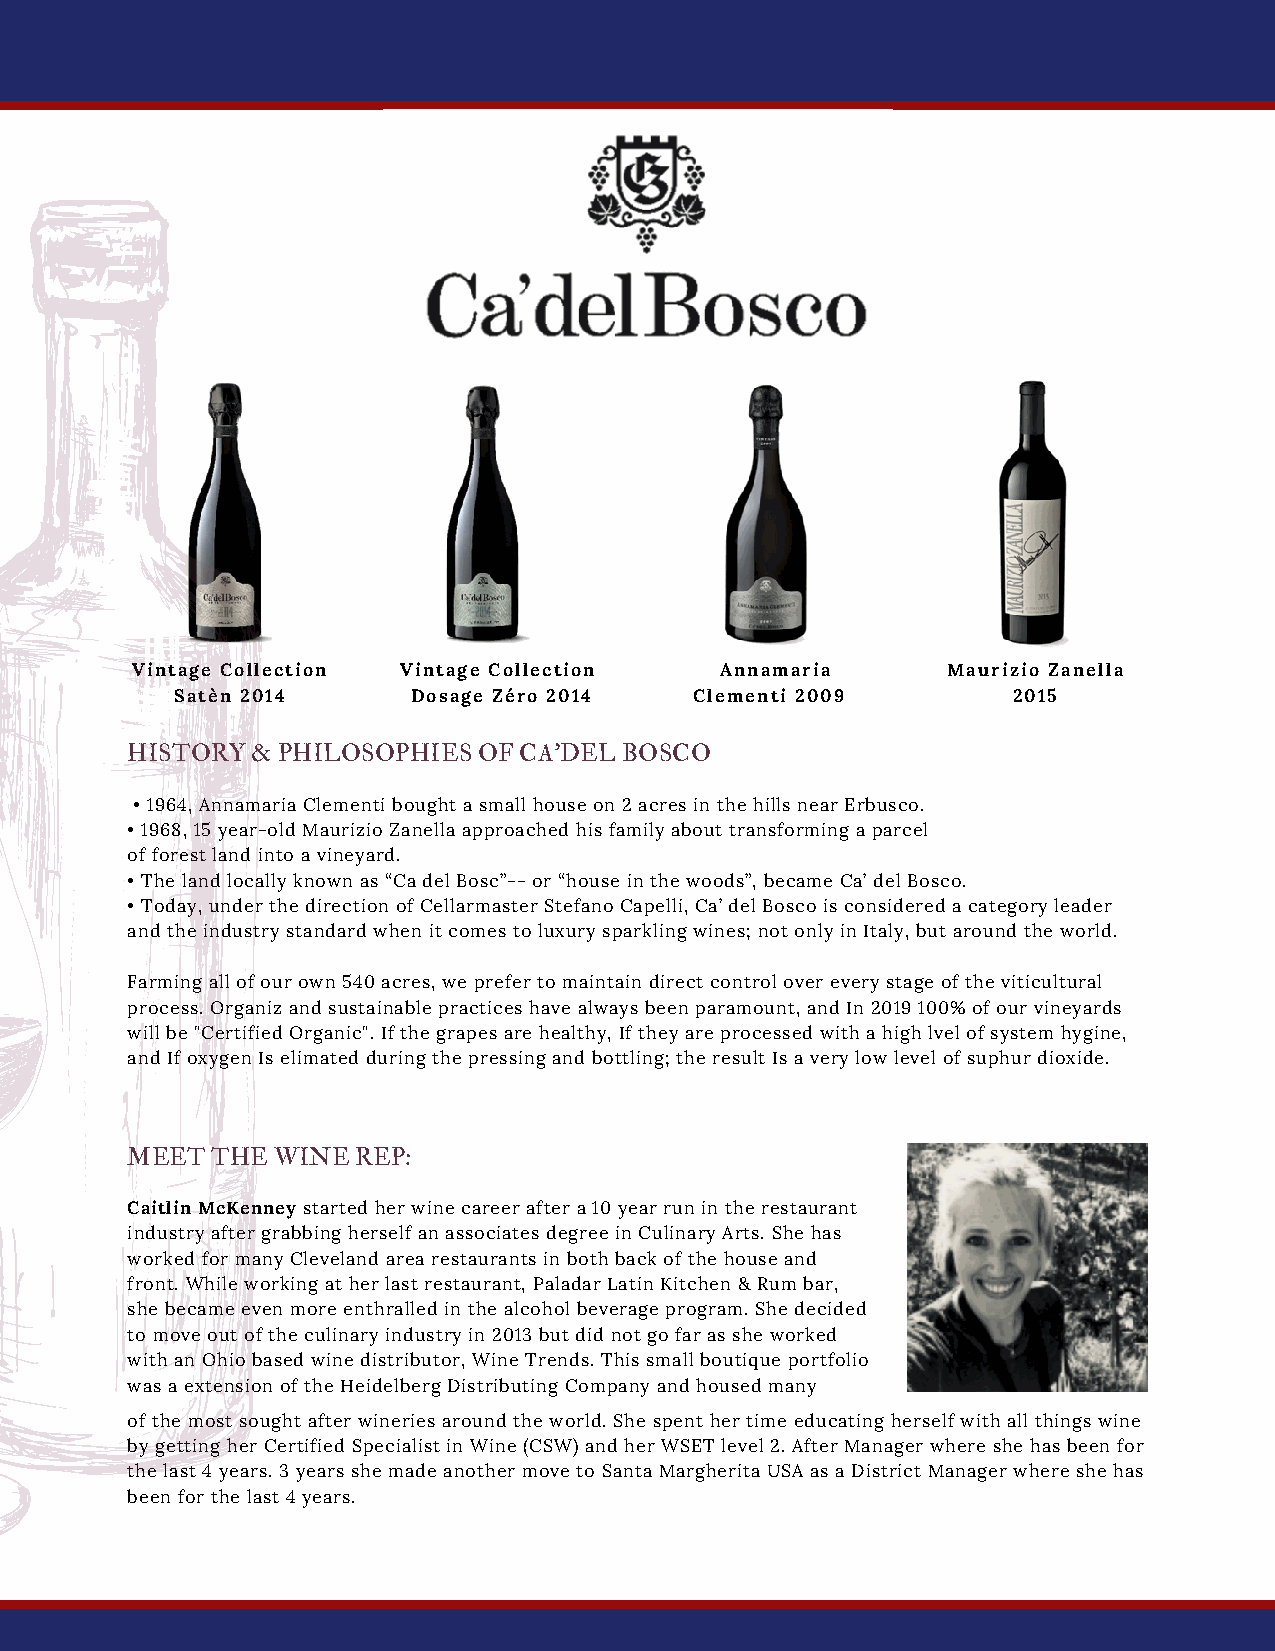
Vintage Collection Vintage Collection  Annamaria      Maurizio Zanella
 Satèn 2014     Dosage Zéro 2014   Clementi 2009        2015
 HISTORY  & PHILOSOPHIES OF CA'DEL BOSCO
 • 1964, Annamaria Clementi bought a small house on 2 acres in the hills near Erbusco.
 • 1968, 15 year-old Maurizio Zanella approached his family about transforming a parcel
 of forest land into a vineyard.
 • The land locally known as “Ca del Bosc”-- or “house in the woods”, became Ca’ del Bosco.
 • Today, under the direction of Cellarmaster Stefano Capelli, Ca’ del Bosco is considered a category leader
 and the industry standard when it comes to luxury sparkling wines; not only in Italy, but around the world.
 Farming all of our own 540 acres, we prefer to maintain direct control over every stage of the viticultural
 process. Organiz and sustainable practices have always been paramount, and In 2019 100% of our vineyards
 will be "Certified Organic". If the grapes are healthy, If they are processed with a high lvel of system hygine,
 and If oxygen Is elimated during the pressing and bottling; the result Is a very low level of suphur dioxide.
 MEET  THE WINE REP:
 Caitlin McKenney started her wine career after a 10 year run in the restaurant
 industry after grabbing herself an associates degree in Culinary Arts. She has
 worked for many Cleveland area restaurants in both back of the house and
 front. While working at her last restaurant, Paladar Latin Kitchen & Rum bar,
 she became even more enthralled in the alcohol beverage program. She decided
 to move out of the culinary industry in 2013 but did not go far as she worked
 with an Ohio based wine distributor, Wine Trends. This small boutique portfolio
 was a extension of the Heidelberg Distributing Company and housed many
 of the most sought after wineries around the world. She spent her time educating herself with all things wine
 by getting her Certified Specialist in Wine (CSW) and her WSET level 2. After Manager where she has been for
 the last 4 years. 3 years she made another move to Santa Margherita USA as a District Manager where she has
 been for the last 4 years.